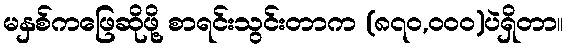
မနှစ်ကဖြေဆိုဖို့ စာရင်းသွင်းတာက (၈၇၀,၀၀၀)ပဲရှိတာ။